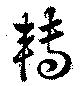
転